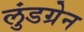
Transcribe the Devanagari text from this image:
लुंडग्रेन